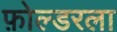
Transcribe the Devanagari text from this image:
फ़ोल्डरला